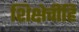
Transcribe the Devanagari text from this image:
शिक्षेचीहि